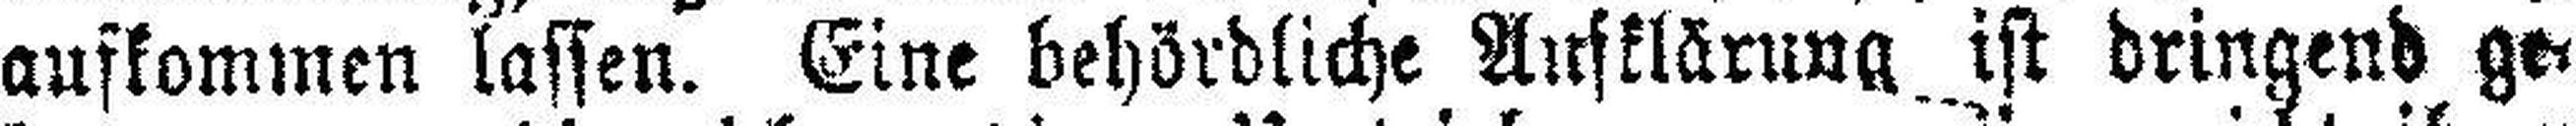
aufkommen lassen. Eine behördliche Aufklärung ist dringend ge¬